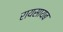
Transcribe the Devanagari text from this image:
रायसायब